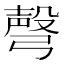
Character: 𢐙